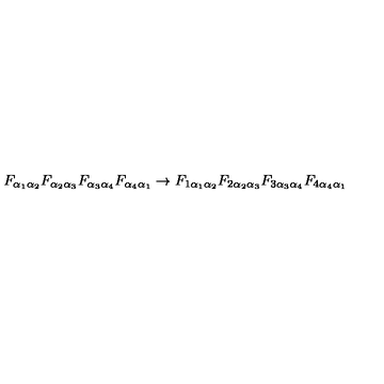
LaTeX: { F _ { \alpha _ { 1 } \alpha _ { 2 } } } { F _ { \alpha _ { 2 } \alpha _ { 3 } } } { F _ { \alpha _ { 3 } \alpha _ { 4 } } } { F _ { \alpha _ { 4 } \alpha _ { 1 } } } \rightarrow { F _ { 1 \alpha _ { 1 } \alpha _ { 2 } } } { F _ { 2 \alpha _ { 2 } \alpha _ { 3 } } } { F _ { 3 \alpha _ { 3 } \alpha _ { 4 } } } { F _ { 4 \alpha _ { 4 } \alpha _ { 1 } } }